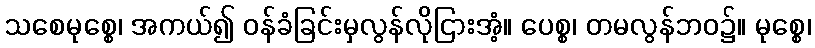
သစေမုစ္စေ၊ အကယ်၍ ဝန်ခံခြင်းမှလွန်လိုငြားအံ့။ ပေစ္စ၊ တမလွန်ဘဝ၌။ မုစ္စေ၊